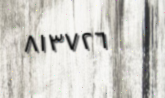
٨١٣٧٢٦